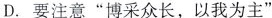
D.要注意”博采众长，以我为主”